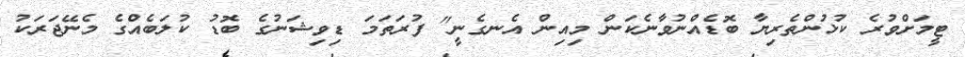
ޓީމަށްވުރެ ކުޅުންތެރިޔާ ބޮޑެއްނުވާނެކަން މިއިން އެނގެނީ" ފުރަތަމަ ޑިވިޝަނުގެ ބޮޑު ކުލަބެއްގެ މެނޭޖަރަކު